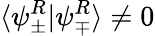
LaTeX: \langle\psi_{\pm}^{R}|\psi_{\mp}^{R}\rangle\neq 0